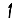
Digit: 1